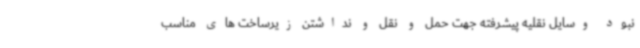
نبود وسایل نقلیه پیشرفته جهت حمل و نقل و نداشتن زیرساخت های مناسب